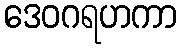
ဒေဝဂရဟကာ